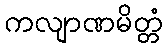
ကလျာဏမိတ္တံ